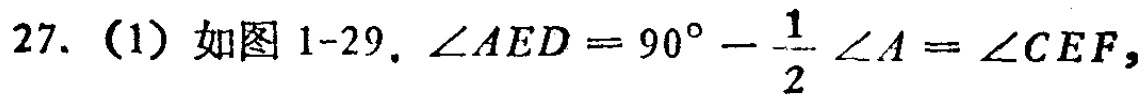
27.（1）如图1-29. $\angle AED = 90^{\circ}-\frac{1}{2}\angle A=\angle CEF$,